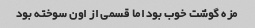
مزه گوشت خوب بود اما قسمی از اون سوخته بود